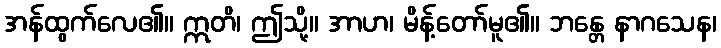
အန်ထွက်လေ၏။ ဣတိ၊ ဤသို့။ အာဟ၊ မိန့်တော်မူ၏။ ဘန္တေ နာဂသေန၊